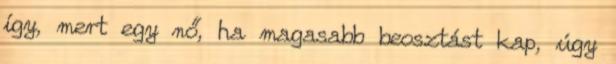
így, mert egy nő, ha magasabb beosztást kap, úgy